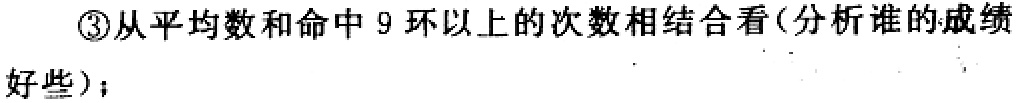
\textcircled{3}从平均数和命中 9 环以上的次数相结合看(分析谁的成绩好些)；